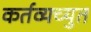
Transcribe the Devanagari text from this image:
कर्तव्यच्युत